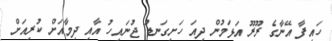
ހައިފާ އޭނާގެ ރޫރޫ އަޅަމުން ދިއަ ހަށިގަނޑު ޖުނައިހު އާއި ދިމާއަށް ކުރިއަށް